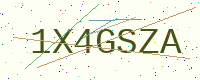
Text: 1X4GSZA